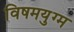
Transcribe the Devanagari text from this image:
विषमयुग्म